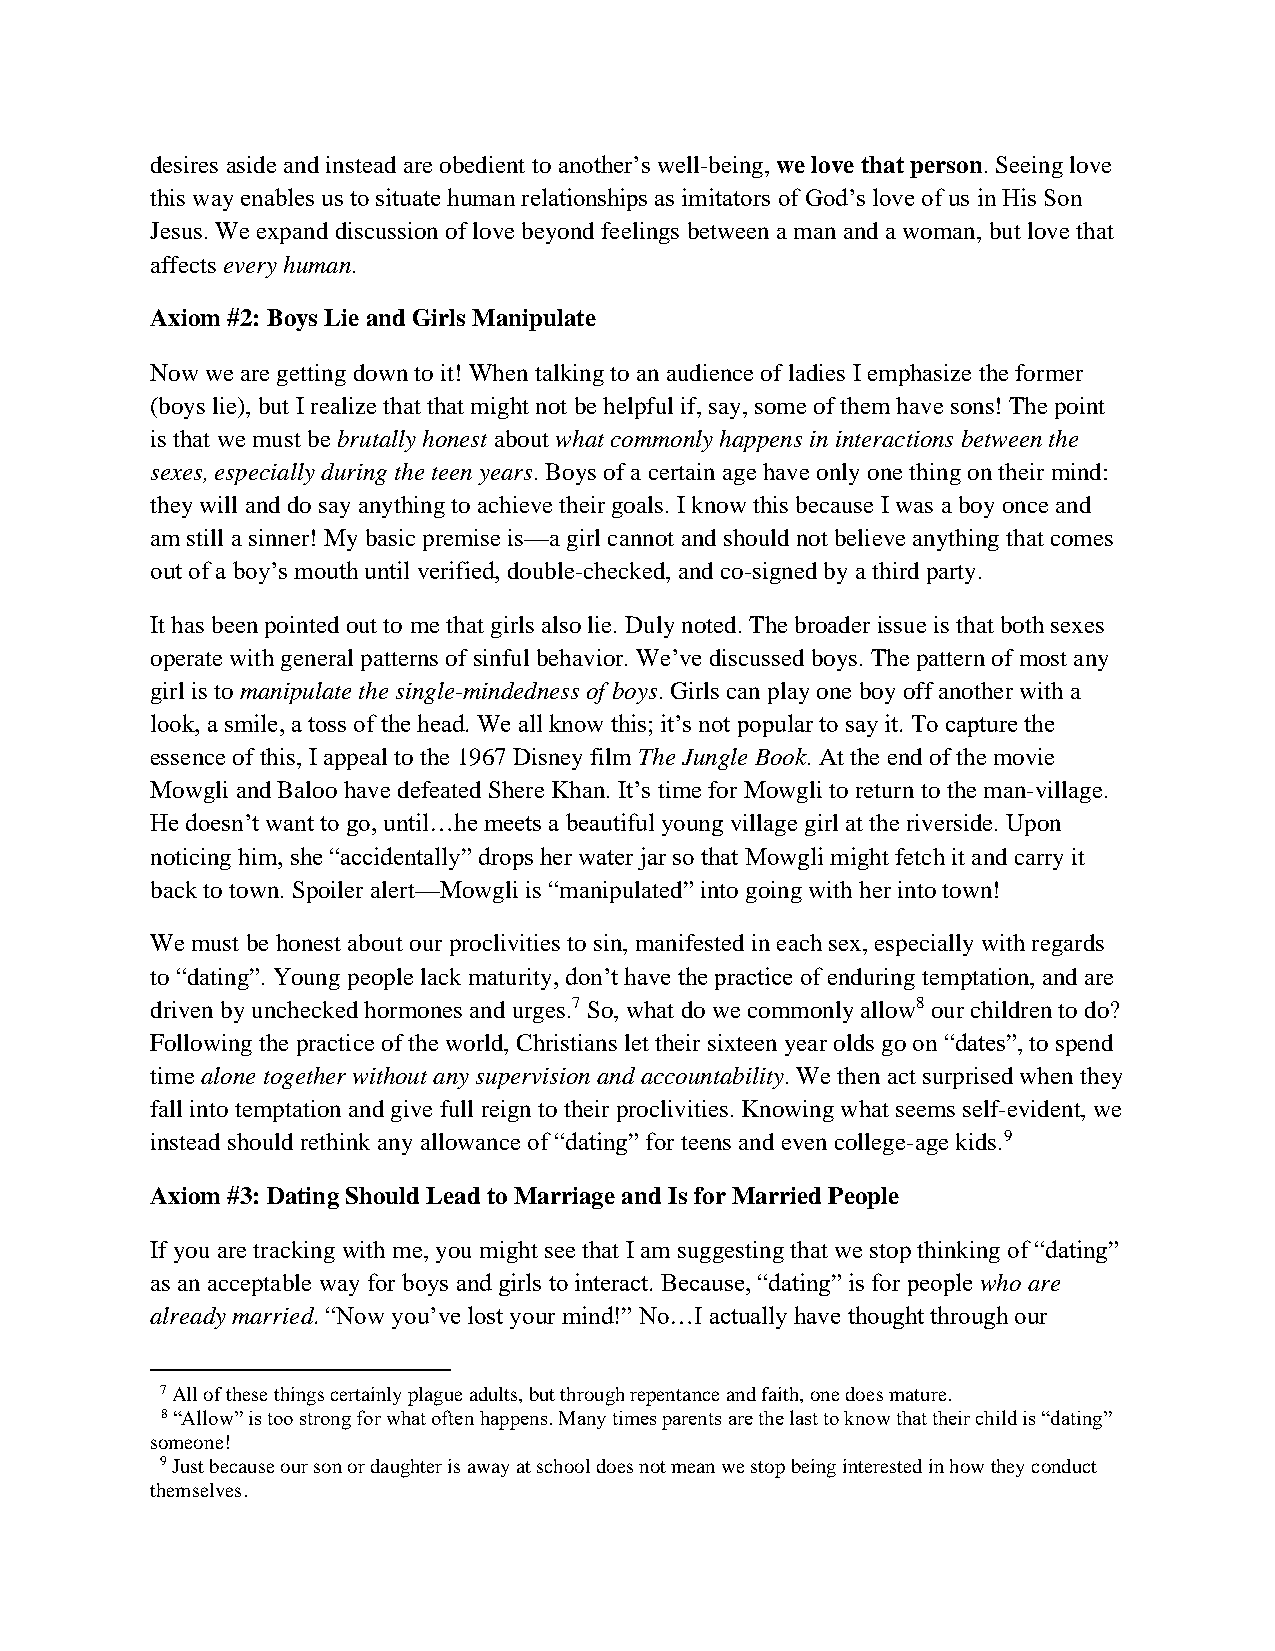
desires aside and instead are obedient to another’s well-being, we love that person. Seeing love
 this way enables us to situate human relationships as imitators of God’s love of us in His Son
 Jesus. We expand discussion of love beyond feelings between a man and a woman, but love that
 affects every human.
 Axiom #2: Boys Lie and Girls Manipulate
 Now we are getting down to it! When talking to an audience of ladies I emphasize the former
 (boys lie), but I realize that that might not be helpful if, say, some of them have sons! The point
 is that we must be brutally honest about what commonly happens in interactions between the
 sexes, especially during the teen years. Boys of a certain age have only one thing on their mind:
 they will and do say anything to achieve their goals. I know this because I was a boy once and
 am still a sinner! My basic premise is—a girl cannot and should not believe anything that comes
 out of a boy’s mouth until verified, double-checked, and co-signed by a third party.
 It has been pointed out to me that girls also lie. Duly noted. The broader issue is that both sexes
 operate with general patterns of sinful behavior. We’ve discussed boys. The pattern of most any
 girl is to manipulate the single-mindedness of boys. Girls can play one boy off another with a
 look, a smile, a toss of the head. We all know this; it’s not popular to say it. To capture the
 essence of this, I appeal to the 1967 Disney film The Jungle Book. At the end of the movie
 Mowgli and Baloo have defeated Shere Khan. It’s time for Mowgli to return to the man-village.
 He doesn’t want to go, until…he meets a beautiful young village girl at the riverside. Upon
 noticing him, she “accidentally” drops her water jar so that Mowgli might fetch it and carry it
 back to town. Spoiler alert—Mowgli is “manipulated” into going with her into town!
 We must be honest about our proclivities to sin, manifested in each sex, especially with regards
 to “dating”. Young people lack maturity, don’t have the practice of enduring temptation, and are
 driven by unchecked hormones and urges.7 So, what do we commonly allow8 our children to do?
 Following the practice of the world, Christians let their sixteen year olds go on “dates”, to spend
 time alone together without any supervision and accountability. We then act surprised when they
 fall into temptation and give full reign to their proclivities. Knowing what seems self-evident, we
 instead should rethink any allowance of “dating” for teens and even college-age kids.9
 Axiom #3: Dating Should Lead to Marriage and Is for Married People
 If you are tracking with me, you might see that I am suggesting that we stop thinking of “dating”
 as an acceptable way for boys and girls to interact. Because, “dating” is for people who are
 already married. “Now you’ve lost your mind!” No…I actually have thought through our
 7 All of these things certainly plague adults, but through repentance and faith, one does mature.
 8 “Allow” is too strong for what often happens. Many times parents are the last to know that their child is “dating”
 someone!
 9 Just because our son or daughter is away at school does not mean we stop being interested in how they conduct
 themselves.